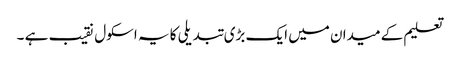
تعلیم کے میدان میں ایک بڑی تبدیلی کا یہ اسکول نقیب ہے ۔